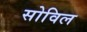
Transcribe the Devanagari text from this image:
सोविल